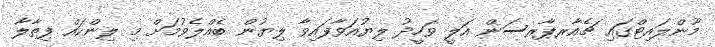
މޫންލައިޓްގައި ޗެއާރޕާރސަން އަލީ ވަހީދު ލިޔުއަވާފައިވާ ލިޔުން ބެއްލެވުމަށް މި ލިންކައް ފިތާލާ